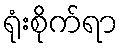
ရုံးစိုက်ရာ